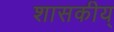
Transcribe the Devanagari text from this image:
शासकीय्